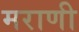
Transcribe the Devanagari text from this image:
मराणी